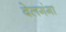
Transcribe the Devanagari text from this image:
बेलगंगा